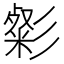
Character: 㣓